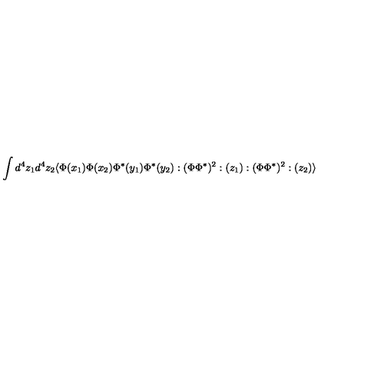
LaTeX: \int d ^ { 4 } z _ { 1 } d ^ { 4 } z _ { 2 } \langle \Phi ( x _ { 1 } ) \Phi ( x _ { 2 } ) \Phi ^ { * } ( y _ { 1 } ) \Phi ^ { * } ( y _ { 2 } ) : ( \Phi \Phi ^ { * } ) ^ { 2 } : ( z _ { 1 } ) : ( \Phi \Phi ^ { * } ) ^ { 2 } : ( z _ { 2 } ) \rangle